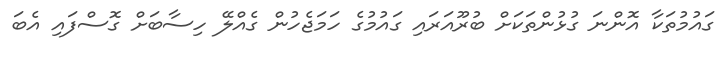
ގައުމުތަކާ އޮންނަ ގުޅުންތަކަށް ބުރޫއަރައި ގައުމުގެ ހަމަޖެހުން ގެއްލޭ ހިސާބަށް ގޮސްފައި އެބަ